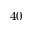
4 0